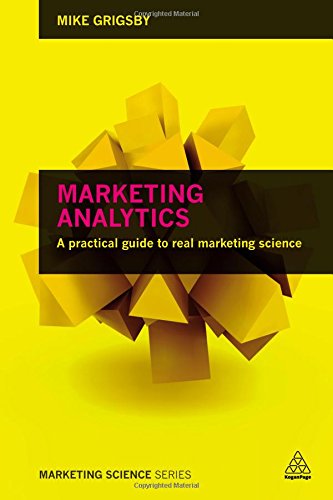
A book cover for Marketing Analytics: A Practical Guide to Real Marketing Science; Mike Grigsby; Computers & Technology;